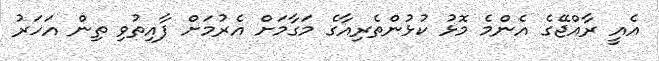
އެއީ ރާއްޖޭގެ އެންމެ މޮޅު ކުޅުންތެރިއާގެ މަގާމަށް އެރުމަށް ފާއިތުވި ތިން އަހަރު